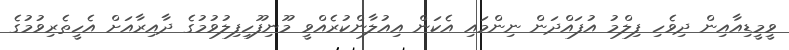
ވީމީޑިއާއިން ދިވެހި ފިލްމު އުފައްދަން ނިންމައި އެކަން އިއުލާންކުރެއްވީ މޫނިފޫހިފިލުވުމުގެ ދާއިރާއަށް އެހީތެރިވުމުގެ